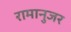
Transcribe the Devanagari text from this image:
रामानुजर